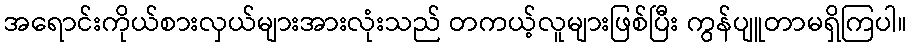
အရောင်းကိုယ်စားလှယ်များအားလုံးသည် တကယ့်လူများဖြစ်ပြီး ကွန်ပျူတာမရှိကြပါ။